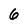
Character: 6